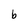
Character: b